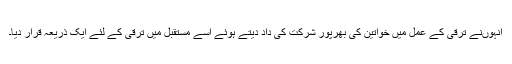
انہوںنے ترقی کے عمل میں خواتین کی بھرپور شرکت کی داد دیتے ہوئے اسے مستقبل میں ترقی کے لئے ایک ذریعہ قرار دیا۔